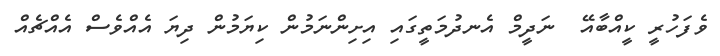
ވެފަހުރީ ކީއްބާއޭ  ނަދީމް އެނދުމަތީގައި އިށިންނަމުން ކިޔަމުން ދިޔަ އެއްވެސް އެއްޗެއް